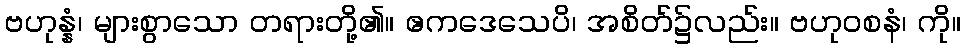
ဗဟုန္နံ၊ များစွာသော တရားတို့၏။ ဧကဒေသေပိ၊ အစိတ်၌လည်း။ ဗဟုဝစနံ၊ ကို။